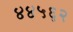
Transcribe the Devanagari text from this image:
४४५६२